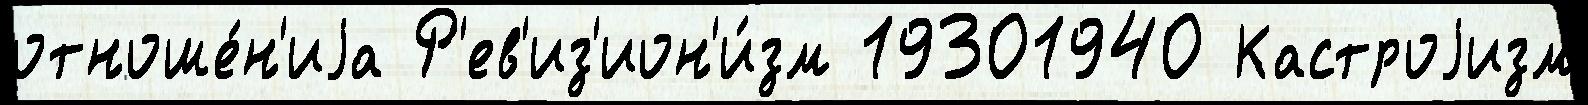
отноше́н'иjа Р'ев'из'ион'и́зм 19301940 Кастроjизм